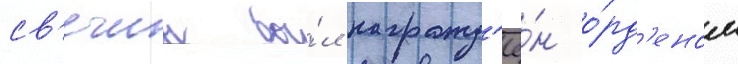
св'ечин бы́л награжд'ё́н о́рд'еном